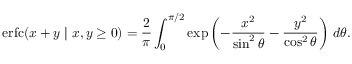
\operatorname { e r f c } ( x + y \mid x , y \geq 0 ) = { \frac { 2 } { \pi } } \int _ { 0 } ^ { \pi / 2 } \exp \left( - { \frac { x ^ { 2 } } { \sin ^ { 2 } \theta } } - { \frac { y ^ { 2 } } { \cos ^ { 2 } \theta } } \right) \, d \theta .